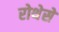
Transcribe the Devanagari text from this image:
रोथेसे